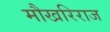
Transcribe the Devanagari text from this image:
मौखरिराज